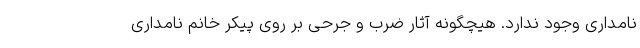
نامداری وجود ندارد. هیچگونه آثار ضرب و جرحی بر روی پیکر خانم نامداری